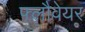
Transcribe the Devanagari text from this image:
फ्लौवेयर